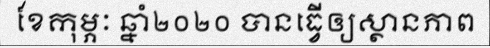
ខែកុម្ភៈ ឆ្នាំ២០២០ បានធ្វើឲ្យស្ថានភាព